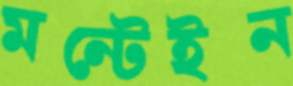
মন্টেইন